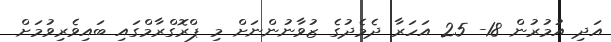
އަދި އުމުރުން 18- 25 އަހަރާ ދެމެދުގެ ޒުވާނުންނަށް މި ޕްރޮގްރާމްގައި ބައިވެރިވުމަށް